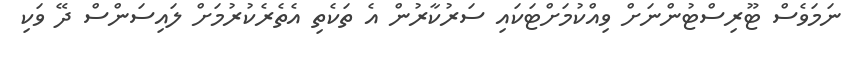
ނަމަވެސް ޓޫރިސްޓުންނަށް ވިއްކުމަށްޓަކައި ސަރުކާރުން އެ ތަކެތި އެތެރެކުރުމަށް ލައިސަންސް ދޭ ވަކި